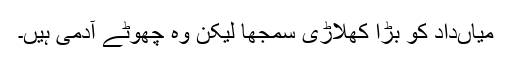
میاںداد کو بڑا کھلاڑی سمجھا لیکن وہ چھوٹے آدمی ہیں۔